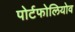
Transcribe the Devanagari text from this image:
पोर्टफोलियोव